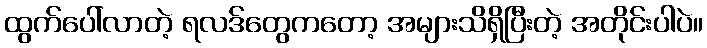
ထွက်ပေါ်လာတဲ့ ရလဒ်တွေကတော့ အများသိရှိပြီးတဲ့ အတိုင်းပါပဲ။